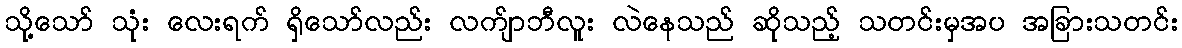
သို့သော် သုံး လေးရက် ရှိသော်လည်း လက်ျာဘီလူး လဲနေသည် ဆိုသည့် သတင်းမှအပ အခြားသတင်း